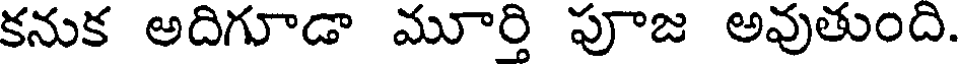
కనుక అదిగూడా మూర్తి పూజ అవుతుంది.